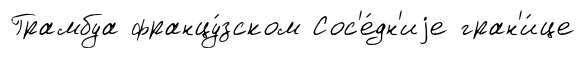
Грамбуа францу́зском Сос'е́дн'иjе гран'и́це